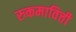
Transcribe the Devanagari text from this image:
रुकमावित्ती